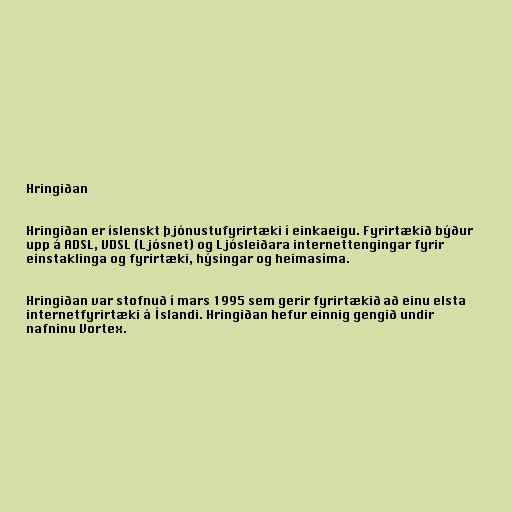
Hringiðan

Hringiðan er íslenskt þjónustufyrirtæki í einkaeigu. Fyrirtækið býður
upp á ADSL, VDSL (Ljósnet) og Ljósleiðara internettengingar fyrir
einstaklinga og fyrirtæki, hýsingar og heimasíma.

Hringiðan var stofnuð í mars 1995 sem gerir fyrirtækið að einu elsta
internetfyrirtæki á Íslandi. Hringiðan hefur einnig gengið undir
nafninu Vortex.